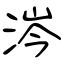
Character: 涔